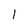
Character: 1